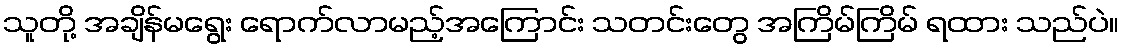
သူတို့ အချိန်မရွေး ရောက်လာမည့်အကြောင်း သတင်းတွေ အကြိမ်ကြိမ် ရထား သည်ပဲ။